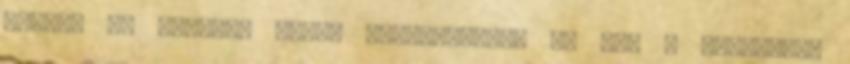
helyen az egyedek száma megnövekszik és ez. A nagyszerű